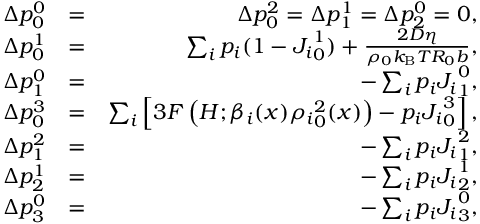
\begin{array} { r l r } { \Delta p _ { 0 } ^ { 0 } } & { = } & { \Delta p _ { 0 } ^ { 2 } = \Delta p _ { 1 } ^ { 1 } = \Delta p _ { 2 } ^ { 0 } = 0 , } \\ { \Delta p _ { 0 } ^ { 1 } } & { = } & { \sum _ { i } p _ { i } ( 1 - { J _ { i } } _ { 0 } ^ { 1 } ) + \frac { 2 D \eta } { \rho _ { 0 } k _ { \mathrm { B } } T R _ { 0 } b } , } \\ { \Delta p _ { 1 } ^ { 0 } } & { = } & { - \sum _ { i } p _ { i } { J _ { i } } _ { 1 } ^ { 0 } , } \\ { \Delta p _ { 0 } ^ { 3 } } & { = } & { \sum _ { i } \left[ 3 F \left( H ; \beta _ { i } ( x ) { \rho _ { i } } _ { 0 } ^ { 2 } ( x ) \right) - p _ { i } { J _ { i } } _ { 0 } ^ { 3 } \right] , } \\ { \Delta p _ { 1 } ^ { 2 } } & { = } & { - \sum _ { i } p _ { i } { J _ { i } } _ { 1 } ^ { 2 } , } \\ { \Delta p _ { 2 } ^ { 1 } } & { = } & { - \sum _ { i } p _ { i } { J _ { i } } _ { 2 } ^ { 1 } , } \\ { \Delta p _ { 3 } ^ { 0 } } & { = } & { - \sum _ { i } p _ { i } { J _ { i } } _ { 3 } ^ { 0 } , } \end{array}